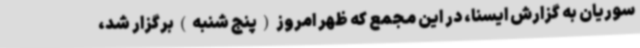
سوریان به گزارش ایسنا، در این مجمع که ظهر امروز(پنج شنبه)برگزار شد،